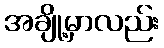
အချို့မှာလည်း